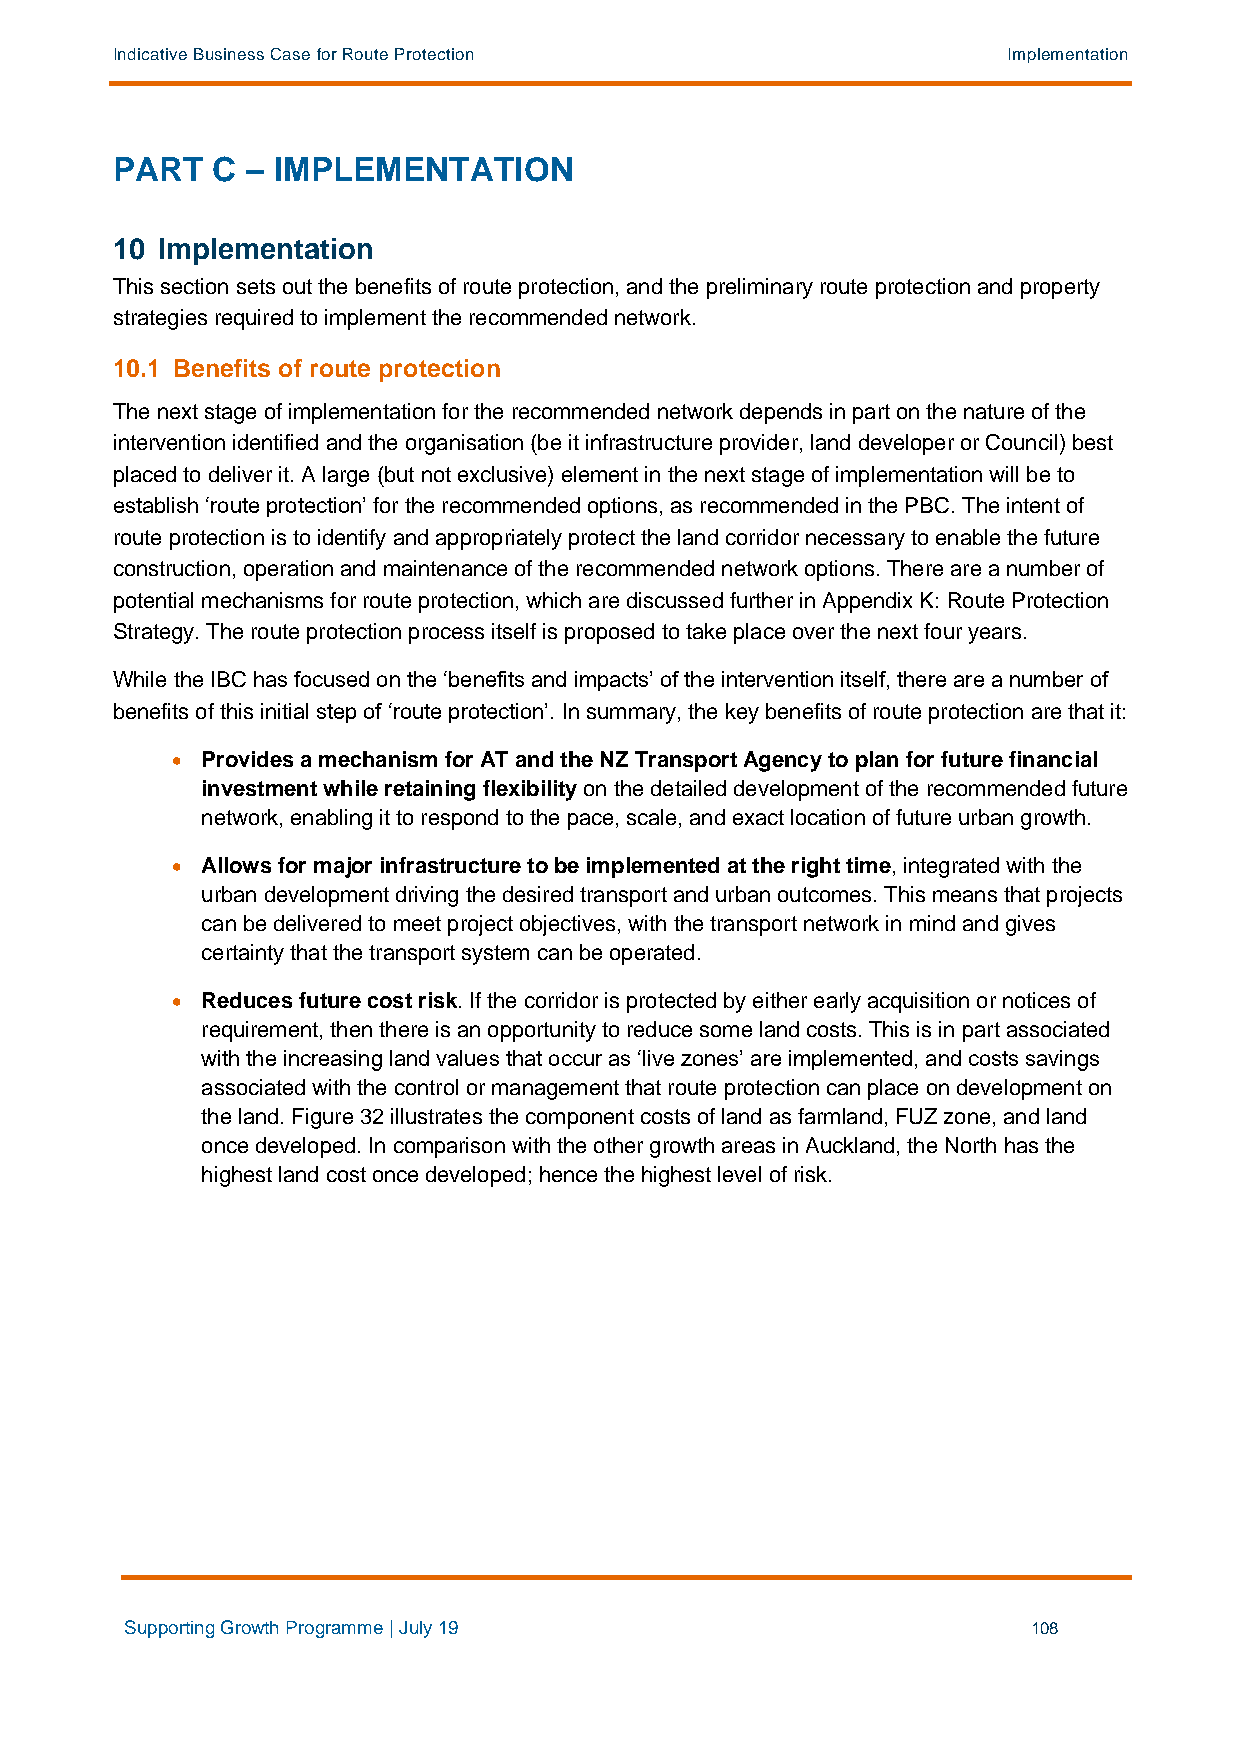
Indicative Business Case for Route Protection               Implementation
 PART   C – IMPLEMENTATION
 10 Implementation
 This section sets out the benefits of route protection, and the preliminary route protection and property
 strategies required to implement the recommended network.
 10.1 Benefits of route protection
 The next stage of implementation for the recommended network depends in part on the nature of the
 intervention identified and the organisation (be it infrastructure provider, land developer or Council) best
 placed to deliver it. A large (but not exclusive) element in the next stage of implementation will be to
 establish ‘route protection’ for the recommended options, as recommended in the PBC. The intent of
 route protection is to identify and appropriately protect the land corridor necessary to enable the future
 construction, operation and maintenance of the recommended network options. There are a number of
 potential mechanisms for route protection, which are discussed further in Appendix K: Route Protection
 Strategy. The route protection process itself is proposed to take place over the next four years.
 While the IBC has focused on the ‘benefits and impacts’ of the intervention itself, there are a number of
 benefits of this initial step of ‘route protection’. In summary, the key benefits of route protection are that it:
 • Provides a mechanism for AT and the NZ Transport Agency to plan for future financial
 investment while retaining flexibility on the detailed development of the recommended future
 network, enabling it to respond to the pace, scale, and exact location of future urban growth.
 • Allows for major infrastructure to be implemented at the right time, integrated with the
 urban development driving the desired transport and urban outcomes. This means that projects
 can be delivered to meet project objectives, with the transport network in mind and gives
 certainty that the transport system can be operated.
 • Reduces future cost risk. If the corridor is protected by either early acquisition or notices of
 requirement, then there is an opportunity to reduce some land costs. This is in part associated
 with the increasing land values that occur as ‘live zones’ are implemented, and costs savings
 associated with the control or management that route protection can place on development on
 the land. Figure 32 illustrates the component costs of land as farmland, FUZ zone, and land
 once developed. In comparison with the other growth areas in Auckland, the North has the
 highest land cost once developed; hence the highest level of risk.
 Supporting Growth Programme | July 19                       108